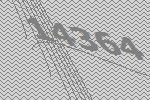
14364